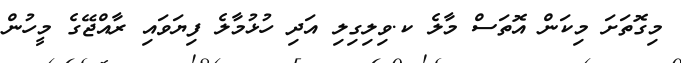
މިގޮތަށަ މިކަން އޮތަސް މާލެ ކ.ވިލިގިލި އަދި ހުޅުމާލެ ފިޔަވައި ރާއްޖޭގެ މީހުން